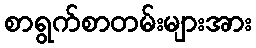
စာရွက်စာတမ်းများအား